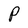
Character: P